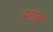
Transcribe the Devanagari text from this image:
सांइ